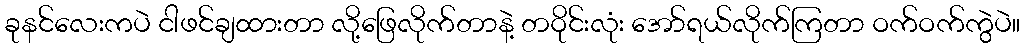
ခုနင်လေးကပဲ ငါဖင်ချထားတာ လို့ဖြေလိုက်တာနဲ့ တဝိုင်းလုံး အော်ရယ်လိုက်ကြတာ ဝက်ဝက်ကွဲပဲ။